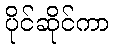
ပိုင်ဆိုင်ကာ